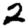
Digit: 2